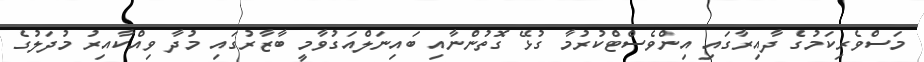
މަސްވެރިކަމުގެ ދާއިރާގައި އިންވެސްޓްކުރުމާ ގުޅޭ ގޮތުންނާއި ބައިނަލްއަގުވާމީ ބާޒާރުގައި މުދާ ވިއްކާއިރު މުދަލުގެ